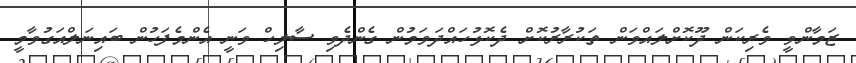
ޒަމާންވީ ވެރިކަން ދޫކޮށްލައްވަން ތަކުރާރުކޮށް ދެކޮޅުހައްދަވަމުން ގެންދެވި ސާލިހް ވަނީ އެންމެފަހުން ބައިނަލްއަގުވާމީ